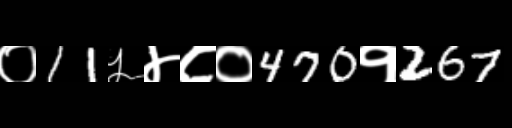
Text: ०11५४८०470१267